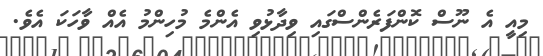
މިއީ އެ ނޫސް ކޮންފަރެންސްގައި ވިދާޅުވި އެންމެ މުހިންމު އެއް ވާހަކަ އެވެ.